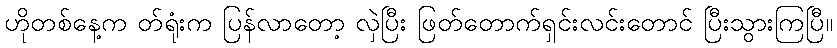
ဟိုတစ်နေ့က တ်ရုံးက ပြန်လာတော့ လှဲပြီး ဖြတ်တောက်ရှင်းလင်းတောင် ပြီးသွားကြပြီ။